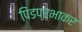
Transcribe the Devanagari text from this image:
पिंडप्रभाकर